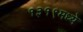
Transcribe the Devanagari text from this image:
१३१९मध्ये